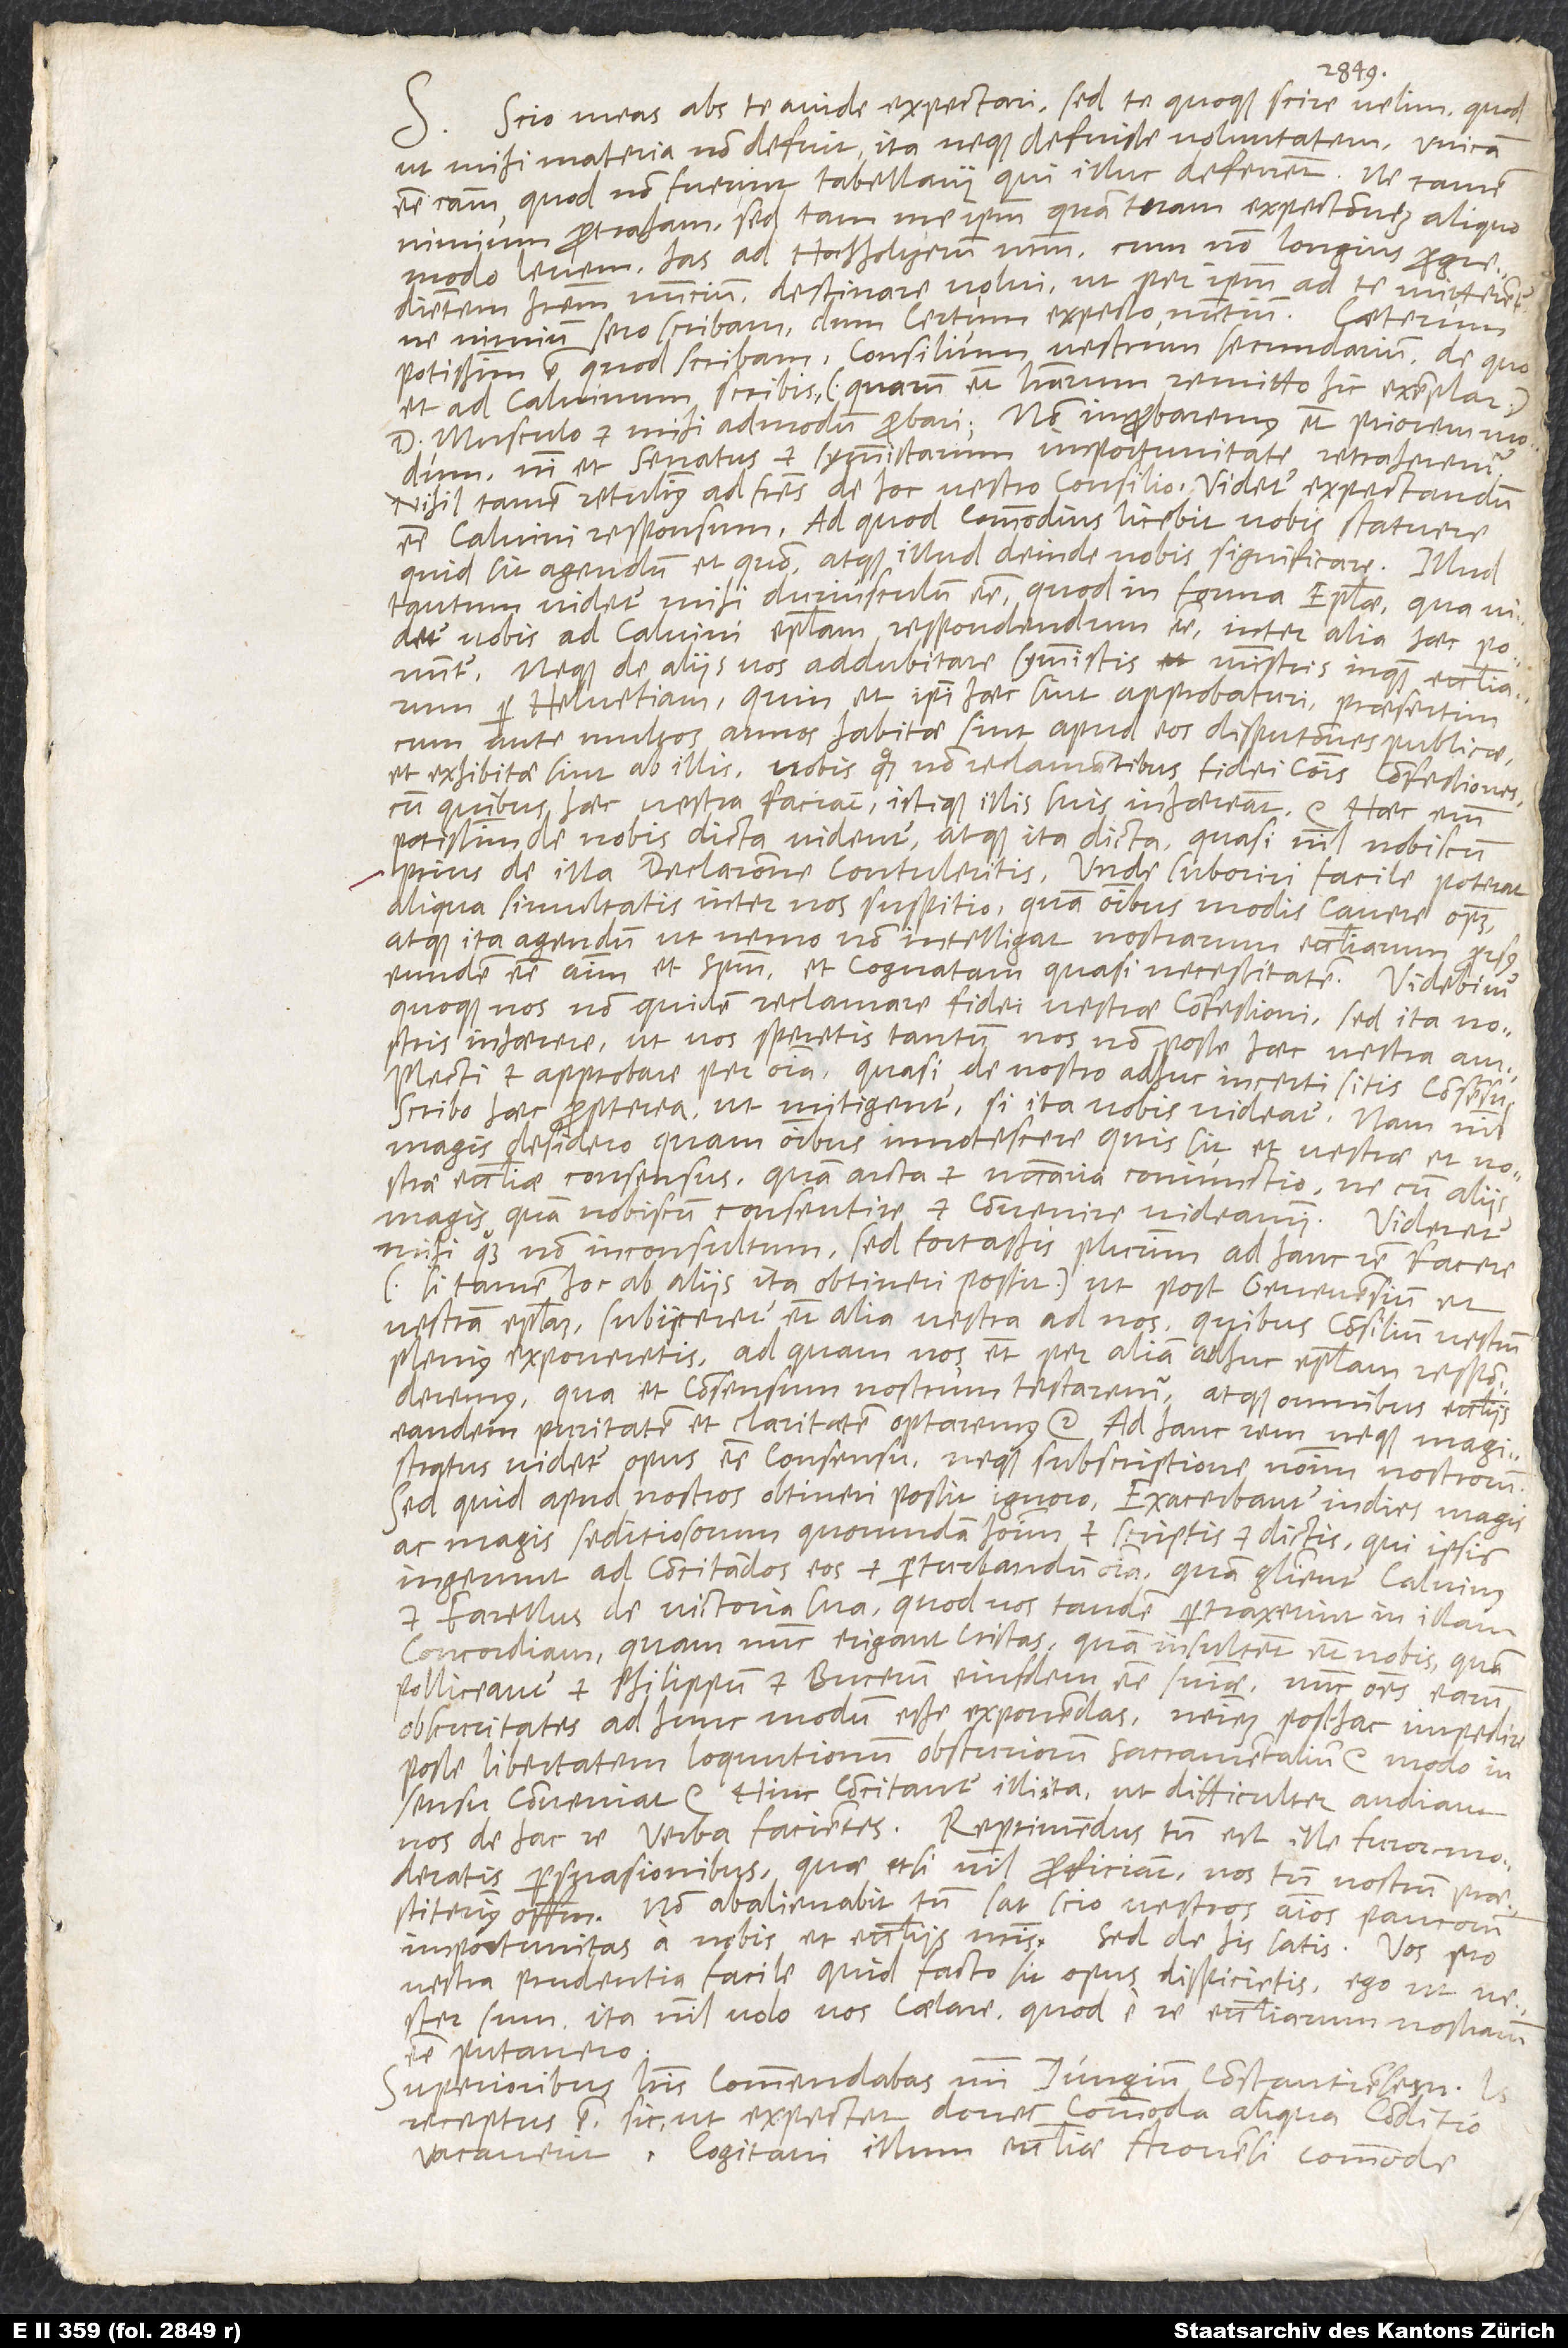
1549.
Scio meas abs te avide expectari, sed te quoque scire velim quod
ut mihi materia non defuit, ita neque defuisse voluntatem: unicam
esse causam quod non fuerint tabellarii qui illuc deferrent. Ne tamen
nimium protraham, sed tam me ipsum quam tuam expectationem aliquo
modo levem, has ad Hochholtzerum nostrum, cum non longius progredientem
haberem nuncium, destinare volui, ut per ipsum ad te mitterentur,
ne nimium sero scribam dum certum expecto nuntium. Caeterum
potissimum est quod scribam, consilium vestrum secundarium, de quo
et ad Calvinum scribis (quarum etiam literarum remitto hic exemplar),
Musculo et mihi admodum probari. non improbaremus etiam priorem modum,
nisi et senatus et symmistarum importunitate retraheremur.
Nihil tamen retulimus ad fratres de hoc vestro consilio. Videtur expectandum
esse Calvini responsum. Ad quod commodius licebit vobis statuere
quid sit agendum et quo modo, atque illud deinde nobis significare. Illud
tantum videtur mihi duriusculum esse, quod in forma epistolae, qua videtur
vobis ad Calvini epistolam respondendum esse, inter alia aec ponuntur:
neque de aliis vos addubitare symmistis, ministris inquam ecclesiarum
Helvetiam, quin et ipsi haec sint approbaturi, praesertim
cum ante multos annos habitae sint apud eos disputationes publicae,
et exhibitae sint ab illis, vobis quoque non reclamantibus, fidei communis confessiones
cum quibus hec vestra faciant, istique illis suis inhaereant etc. Haec enim
potissimum de nobis dicta videntur, atque ita dicta quasi nihil nobiscum
prius de illa declaratione contuleritis. Unde suboriri facile poterat
aliqua simultatis inter nos suspitio, quam omnibus modis cavere oportet,
atque ita agendum ut nemo non intelligat, nostrarum ecclesiarum prorsus
eundem esse animum et spiritum, et cognatam quasi necessitatem. Videbimur
quoque nos, non quidem reclamare fidei vestrae confessioni, sed ita nostris
inhaerere ut vos speretis tantum nos non posse haec vestra amplecti
et approbare per omnia, quasi de nostro adhuc incerti sitis consensu.
Scribo haec propterea ut mitigentur, si ita vobis videatur. nam nihil
magis desidero quam omnibus innotescere, quis sit et vestrae et nostrae
ecclesiae consensus, quam arcta et necessaria coniunctio, ne cum aliis
magis quam nobiscum consentire et convenire videamini. Videretur
mihi quoque non inconsultum, sed fortassis plurimum ad hanc rem facere
(si tamen hoc ab aliis ita obtineri possit), ut post Genevensium et
vestram epistolam subiiceretur etiam alia vestra ad nos, quibus consilium vestrum
plenius exponeretis, ad quam nos etiam per aliam adhuc epistolam responderemus,
qua et consensum nostrum testaremur, atque omnibus ecclesiis
eandem puritatem et claritatem optaremus etc. Ad hanc rem neque magistratus
videtur opus esse consensu, neque subscriptione nominum nostrorum.
ac magis seditiosorum quorundam hominum et scriptis et dictis, qui ipsis
ingerunt, ad concitandos eos et perturbanda omnia, quam glorientur Calvinus
et Farellus de victoria sua, quod vos tandem pertraxerint in illam
concordiam, quam nunc erigant cristas, quam insultent etiam nobis, quam
polliceantur et Philippum et Bucerum eiusdem esse sententiae, nunc omnes earum
obscuritates ad hunc modum esse exponendas, neminem posthac impedire
posse libertatem loquutionum obscuriorum sacramentalium etc. modo in
conveniat etc. Hinc concitantur illi ita ut difficulter audiant
nos de hac re verba facientes. Reprimendus tamen est ille furor moderatis
persuasionibus, quae etsi nihil proficiant, nos tamen nostrum
officium. non abalienabit tamen, sat scio, vestros animos paucorum
importunitas a nobis et ecclesiis nostris. Sed de his satis. Vos pro
vestra prudentia facile quid facto sit opus dispicietis. Ego, ut
sum, ita nihil volo vos celare quod e re ecclesiarum nostrarum
esse putavero.
Superioribus literis commendabis mihi Iungium Constantiensem; is
receptus est sic, ut expectet, donec commoda aliqua conditio
vacaverit. Cogitavi illum ecclesiae Arovensi commode et